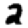
Digit: 2